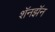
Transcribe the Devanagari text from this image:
शॅनझॅन